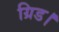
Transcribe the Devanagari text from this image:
ग्रिड।